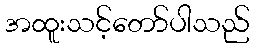
အထူးသင့်တော်ပါသည်